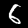
Digit: 6